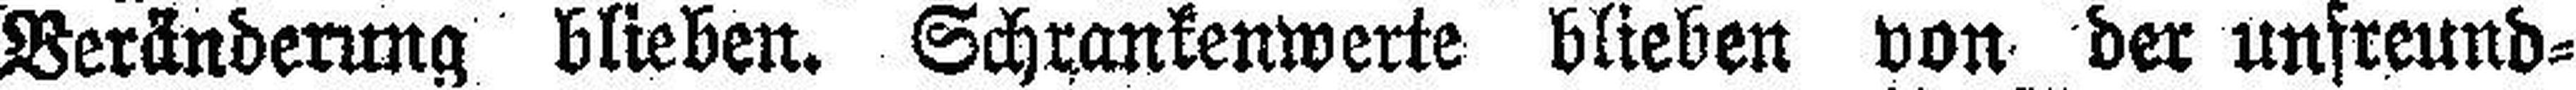
###Beränderung blieben. Schrankenwerte blieben von der unfreund¬